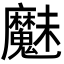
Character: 𮫩